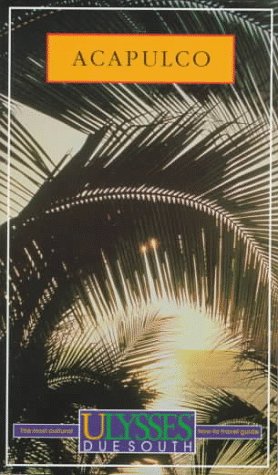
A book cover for Acapulco (Due South Guides); Marc Rigole; Travel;